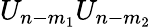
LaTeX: U_{n-m_{1}}U_{n-m_{2}}